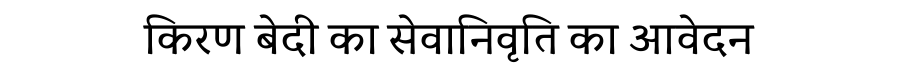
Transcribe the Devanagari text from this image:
किरण बेदी का सेवानिवृति का आवेदन